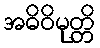
အဓိဝိမုတ္တိ